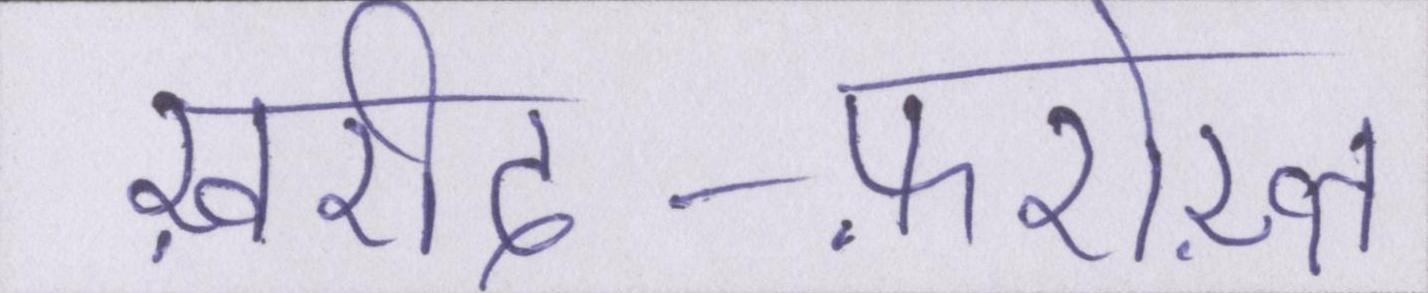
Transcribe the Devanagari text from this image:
ख़रीद-फ़रोख़्त